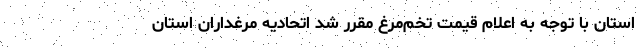
استان با توجه به اعلام قیمت تخم‌مرغ مقرر شد اتحادیه مرغداران استان